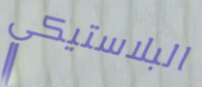
البلاستيكي